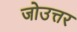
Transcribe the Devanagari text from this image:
जोउत्तर